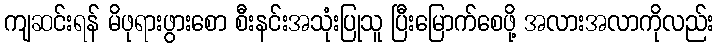
ကျဆင်းရန် မိဖုရားဖွားစော စီးနင်းအသုံးပြုသူ ပြီးမြောက်စေဖို့ အလားအလာကိုလည်း